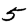
Digit: 5